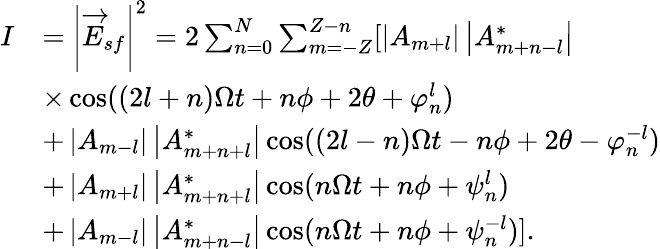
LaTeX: \begin{array}{rl}{I}&{=\left\vert\overrightarrow{E}_{sf}\right\vert^{2}=2\sum_{n=0}^{N}\sum_{m=-Z}^{Z-n}[\left\vert A_{m+l}\right\vert\left\vert A_{m+n-l}^{\ast}\right\vert}\\ &{\times\cos(\left(2l+n\right)\Omega t+n\phi+2\theta+\varphi_{n}^{l})}\\ &{+\left\vert A_{m-l}\right\vert\left\vert A_{m+n+l}^{\ast}\right\vert\cos(\left(2l-n\right)\Omega t-n\phi+2\theta-\varphi_{n}^{-l})}\\ &{+\left\vert A_{m+l}\right\vert\left\vert A_{m+n+l}^{\ast}\right\vert\cos(n\Omega t+n\phi+\psi_{n}^{l})}\\ &{+\left\vert A_{m-l}\right\vert\left\vert A_{m+n-l}^{\ast}\right\vert\cos(n\Omega t+n\phi+\psi_{n}^{-l})].}\end{array}